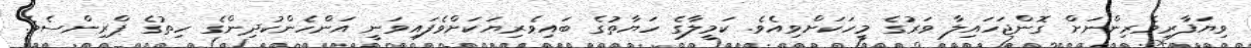
ވިޔަފާރިވެރިންނަށް ގޮންޖަހައިލާ ވަރުގެ މީހަކަށްވިއެވެ. ކަމީލާގެ ހަޔާތުގެ ބައިވެރިޔަކަށްވެފައިވަނީ އަންހެންކުދިންގެ ހިތުގެ ޕްރިންސެވެ.